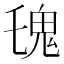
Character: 𩱾